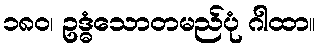
၁၈၀၊ ဥဒ္ဓံသောတမည်ပုံ ဂါထာ။